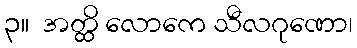
၃။  အတ္ထိ လောကေ သီလဂုဏော၊